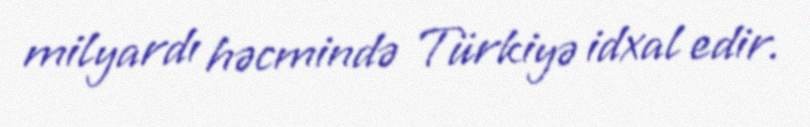
milyardı həcmində Türkiyə idxal edir.